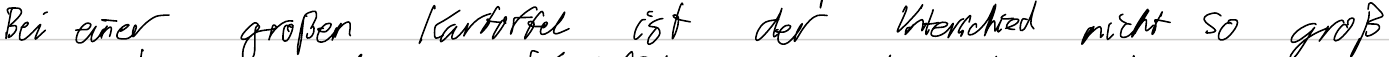
Bei einer großen Kartoffel ist der Unterschied nicht so groß